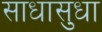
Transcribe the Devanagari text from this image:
साधासुधा